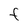
Character: F